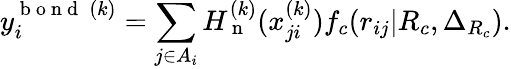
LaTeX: y_{i}^{\mathrm{~b~o~n~d~}\: (k)}=\sum_{j\in A_{i}}H_{\mathrm{~n~}}^{(k)}(x_{ji}^{(k)})f_{c}(r_{ij}|R_{c},\Delta_{R_{c}}).